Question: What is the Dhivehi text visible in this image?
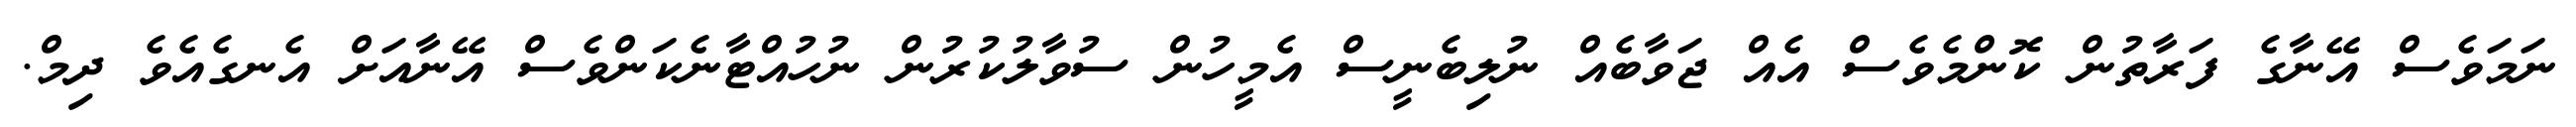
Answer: ނަމަވެސް އޭނާގެ ފަރާތުން ކޮންމެވެސް އެއް ޖަވާބެއް ނުލިބެނީސް އެމީހުން ސުވާލުކުރުން ނުހުއްޓާނެކަންވެސް އޭނާއަށް އެނގެއެވެ ދިމް.